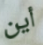
أين